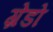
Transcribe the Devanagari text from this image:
ग्रेडो